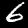
Label: 6